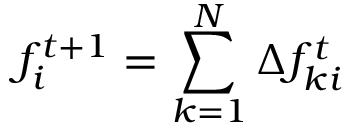
f _ { i } ^ { t + 1 } = \sum _ { k = 1 } ^ { N } \Delta f _ { k i } ^ { t }